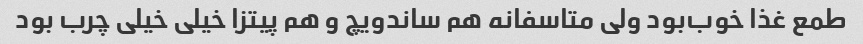
طمع غذا خوب‌بود ولی متاسفانه هم ساندویچ و هم پیتزا خیلی خیلی چرب بود